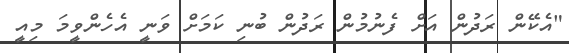
"އެކޭން ރަދުން އަށް ފެނުމުން ރަދުން ބުނި ކަމަށް ވަނީ އެހެންވީމަ މިއީ